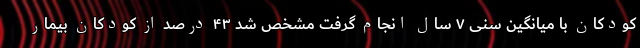
کودکان با میانگین سنی ۷ سال انجام گرفت مشخص شد ۴۳ درصد از کودکان بیمار